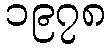
၁၉၇၈